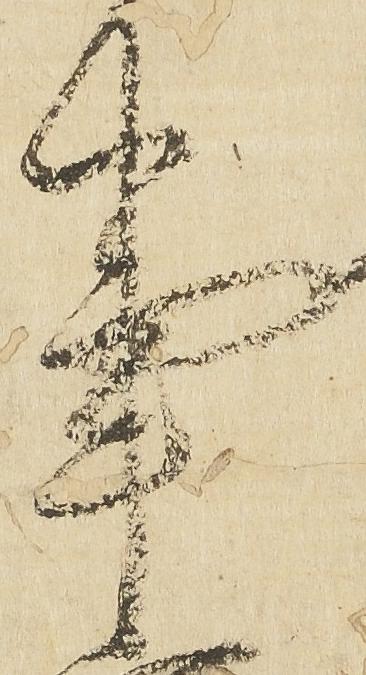
事